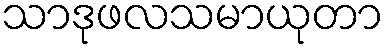
သာဒုဖလသမာယုတာ